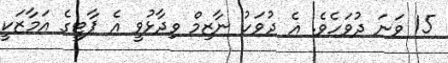
15 ވަނަ ދުވަހެވެ. އެ ދުވަހު ނާޒިމް ވިދާޅުވީ އެ ޕާޓީގެ އަމާޒަކީ